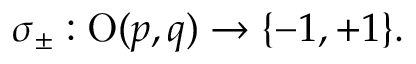
\sigma _ { \pm } : \operatorname { O } ( p , q ) \to \{ - 1 , + 1 \} .